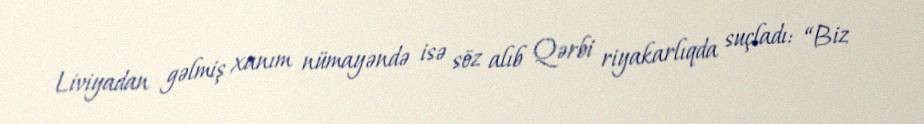
Liviyadan gəlmiş xanım nümayəndə isə söz alıb Qərbi riyakarlıqda suçladı: “Biz